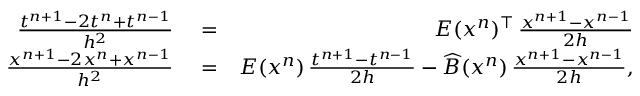
\begin{array} { r l r } { \frac { t ^ { n + 1 } - 2 t ^ { n } + t ^ { n - 1 } } { h ^ { 2 } } } & { { } = } & { E ( x ^ { n } ) ^ { \top } \, \frac { x ^ { n + 1 } - x ^ { n - 1 } } { 2 h } } \\ { \frac { x ^ { n + 1 } - 2 x ^ { n } + x ^ { n - 1 } } { h ^ { 2 } } } & { { } = } & { E ( x ^ { n } ) \, \frac { t ^ { n + 1 } - t ^ { n - 1 } } { 2 h } - \widehat B ( x ^ { n } ) \, \frac { x ^ { n + 1 } - x ^ { n - 1 } } { 2 h } , } \end{array}